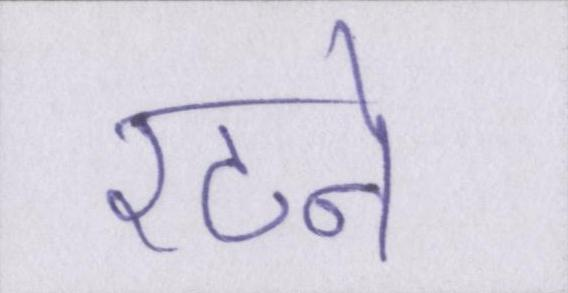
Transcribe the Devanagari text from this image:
रटने